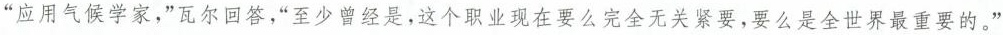
“应用气候学家，”瓦尔回答，“至少曾经是，这个职业现在要么完全无关紧要，要么是全世界最重要的。”